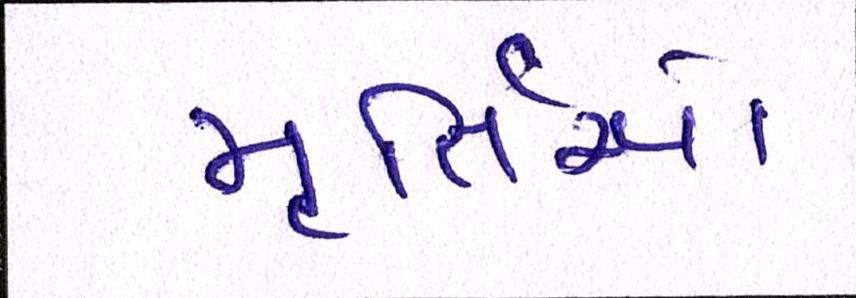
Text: મૂર્તિઓ